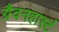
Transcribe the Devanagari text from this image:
ग्रैवनहार्स्ट